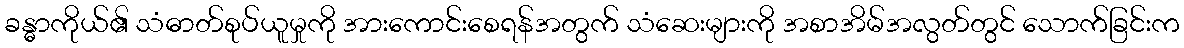
ခန္ဓာကိုယ်၏ သံဓာတ်စုပ်ယူမှုကို အားကောင်းစေရန်အတွက် သံဆေးများကို အစာအိမ်အလွတ်တွင် သောက်ခြင်းက